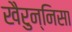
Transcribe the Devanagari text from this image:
खैरुन्निसा